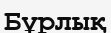
Бұрлық